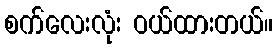
စက်လေးလုံး ဝယ်ထားတယ်။